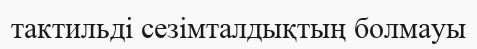
тактильді сезімталдықтың болмауы